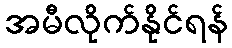
အမီလိုက်နိုင်ရန်